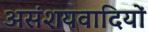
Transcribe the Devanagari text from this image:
असंशयवादियों